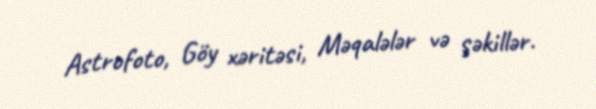
Astrofoto, Göy xəritəsi, Məqalələr və şəkillər.